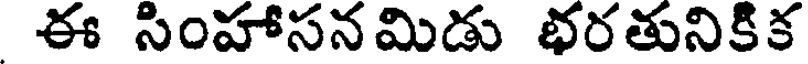
ఈ సింహాసన మిడు భరతునికిక